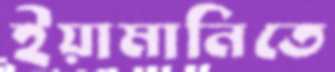
ইয়ামানিতে